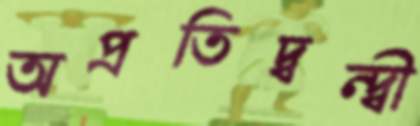
অপ্রতিদ্বন্দ্বী